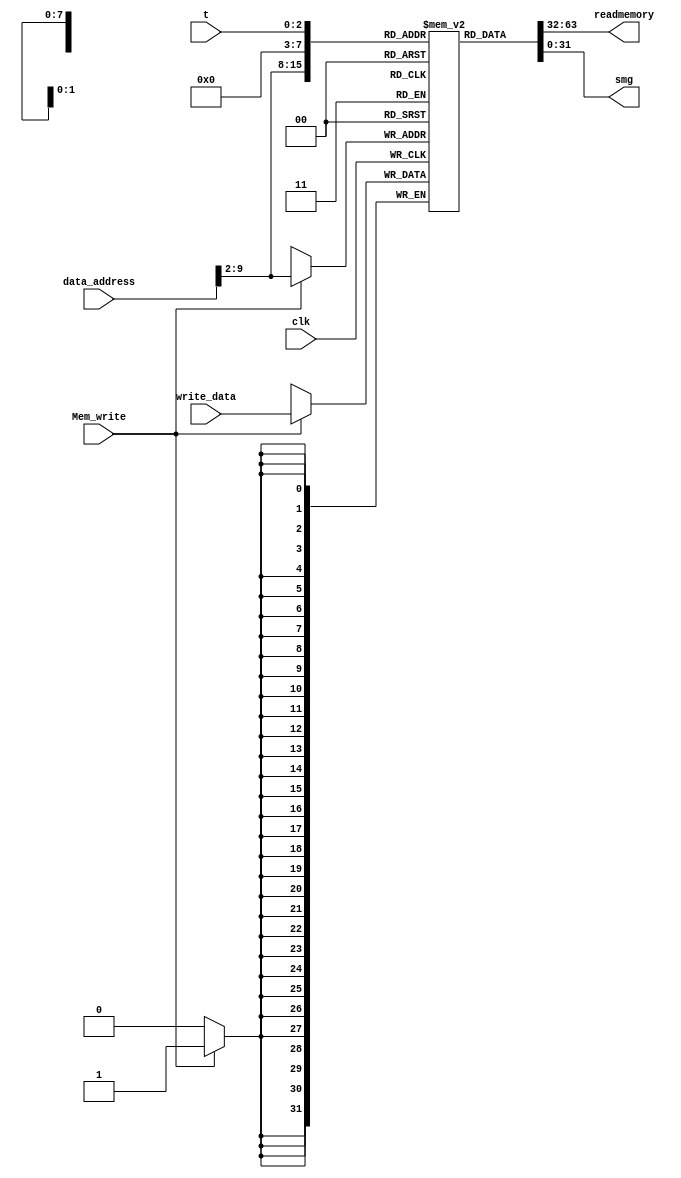
`timescale 1ns / 1ps
module DataMem(data_address,clk,write_data,Mem_write,readmemory,t,smg);
input [31:0]data_address;
input clk;
input [2:0]t;
output [31:0]smg;
input [31:0]write_data;
input Mem_write;
output [31:0]readmemory;

reg [31:0]datamemory[255:0];

integer i;

assign readmemory=datamemory[data_address>>2];
assign smg=datamemory[t];
initial begin
//nums: .word 0x90,6,9,0x18,0x95,0x79,0x11,0x25
datamemory[0]=32'h00000090;
datamemory[1]=32'h00000006;
datamemory[2]=32'h00000009;
datamemory[3]=32'h00000018;
datamemory[4]=32'h00000095;
datamemory[5]=32'h00000079;
datamemory[6]=32'h00000011;
datamemory[7]=32'h00000025;
for(i = 8; i < 256; i = i + 1) datamemory[i] = 0;
end
always@(negedge clk)begin
if(Mem_write==1)datamemory[data_address>>2]=write_data;
end
endmodule